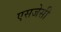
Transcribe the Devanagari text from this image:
एसजेसी